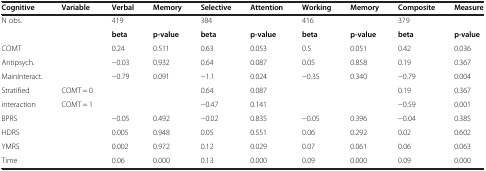
<table><thead><tr><td><b>Cognitive</b></td><td><b>Variable</b></td><td><b>Verbal</b></td><td><b>Memory</b></td><td><b>Selective</b></td><td><b>Attention</b></td><td><b>Working</b></td><td><b>Memory</b></td><td><b>Composite</b></td><td><b>Measure</b></td></tr></thead><tbody><tr><td>N obs.</td><td> </td><td>419</td><td> </td><td>384</td><td> </td><td>416</td><td> </td><td>379</td><td> </td></tr><tr><td> </td><td> </td><td><b>beta</b></td><td><b>p-value</b></td><td><b>beta</b></td><td><b>p-value</b></td><td><b>beta</b></td><td><b>p-value</b></td><td><b>beta</b></td><td><b>p-value</b></td></tr><tr><td>COMT</td><td> </td><td>0.24</td><td>0.511</td><td>0.63</td><td>0.053</td><td>0.5</td><td>0.051</td><td>0.42</td><td>0.036</td></tr><tr><td>Antipsych.</td><td> </td><td>−0.03</td><td>0.932</td><td>0.64</td><td>0.087</td><td>0.05</td><td>0.858</td><td>0.19</td><td>0.367</td></tr><tr><td>MainInteract.</td><td> </td><td>−0.79</td><td>0.091</td><td>−1.1</td><td>0.024</td><td>−0.35</td><td>0.340</td><td>−0.79</td><td>0.004</td></tr><tr><td>Stratified</td><td>COMT = 0</td><td> </td><td> </td><td>0.64</td><td>0.087</td><td> </td><td> </td><td>0.19</td><td>0.367</td></tr><tr><td>interaction</td><td>COMT = 1</td><td> </td><td> </td><td>−0.47</td><td>0.141</td><td> </td><td> </td><td>−0.59</td><td>0.001</td></tr><tr><td>BPRS</td><td> </td><td>−0.05</td><td>0.492</td><td>−0.02</td><td>0.835</td><td>−0.05</td><td>0.396</td><td>−0.04</td><td>0.385</td></tr><tr><td>HDRS</td><td> </td><td>0.005</td><td>0.948</td><td>0.05</td><td>0.551</td><td>0.06</td><td>0.292</td><td>0.02</td><td>0.602</td></tr><tr><td>YMRS</td><td> </td><td>0.002</td><td>0.972</td><td>0.12</td><td>0.029</td><td>0.07</td><td>0.061</td><td>0.06</td><td>0.063</td></tr><tr><td>Time</td><td> </td><td>0.06</td><td>0.000</td><td>0.13</td><td>0.000</td><td>0.09</td><td>0.000</td><td>0.09</td><td>0.000</td></tr></tbody></table>